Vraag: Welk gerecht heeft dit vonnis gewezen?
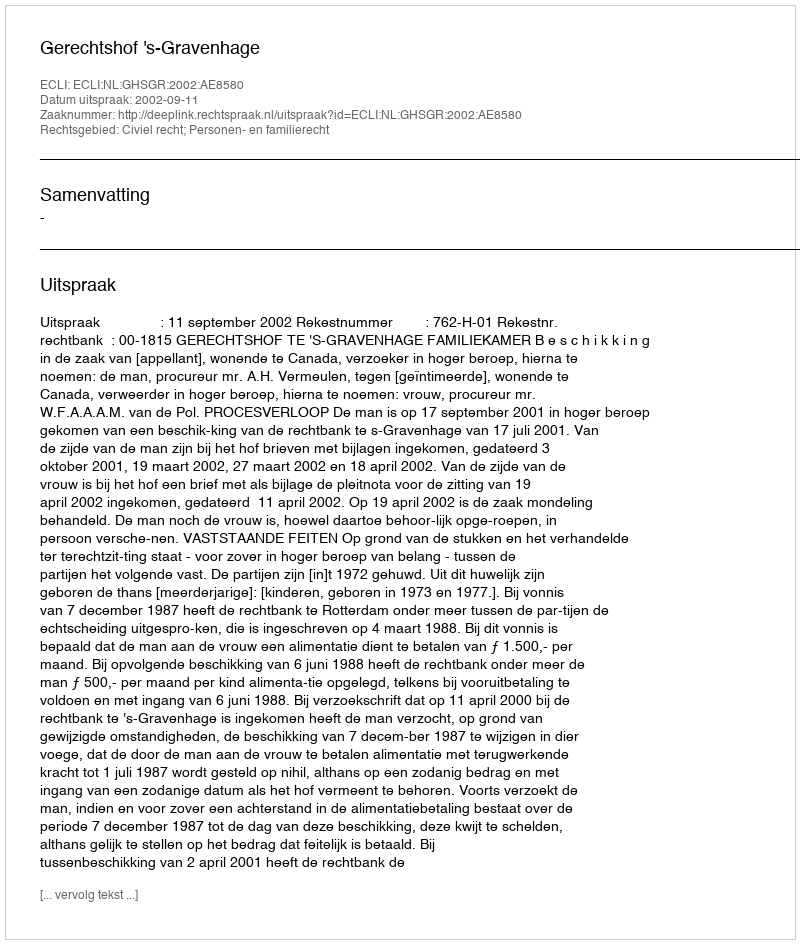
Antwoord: Gerechtshof 's-Gravenhage